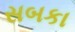
સબકા